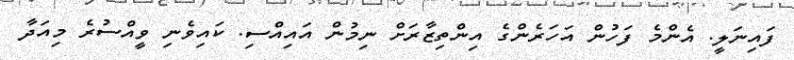
ފައިނަލީ. އެންމެ ފަހުން އަހަރެންގެ އިންތިޒާރަށް ނިމުން އައިއްސި. ކައިވެނި ވީއްސުރެ މިއަދާ